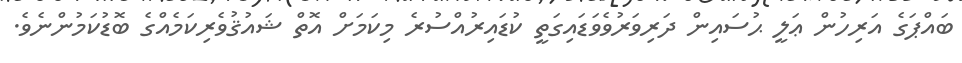
ބައްޕަގެ އަރިހުން ޢަލީ ޙުސައިން ދަރިވަރުވެވަޑައިގަތީ ކުޑައިރުއްސުރެ މިކަމަށް އޮތް ޝައުޤުވެެރިކަމެއްގެ ބޮޑުކަމުންނެވެ.